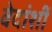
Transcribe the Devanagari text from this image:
वेदांशीं